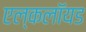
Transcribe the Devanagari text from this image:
एल्कलॉयड